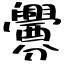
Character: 釁